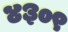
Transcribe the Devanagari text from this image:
४३०९